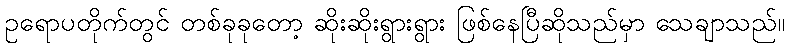
ဥရောပတိုက်တွင် တစ်ခုခုတော့ ဆိုးဆိုးရွားရွား ဖြစ်နေပြီဆိုသည်မှာ သေချာသည်။